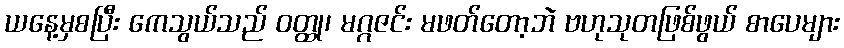
ယနေ့မှစပြီး ကေသွယ်သည် ဝတ္ထု၊ မဂ္ဂဇင်း မဖတ်တော့ဘဲ ဗဟုသုတဖြစ်ဖွယ် စာပေများ